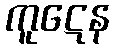
ကူဋေန